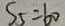
S _ { 5 } = 6 0